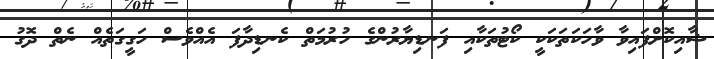
ޝާއިކޮށްފައިވާ ވާހަކަތަކަކީ ކޯޓުތަކާއި ފަނޑިޔާރުންގެ ހުރުމަތް ކެނޑިދާފަ އެއްވެސް ހަގީގަތެއް ނެތް ދޮގު